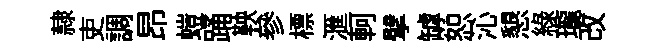
隷吏調昂螘踊鞅參標滙軻擘罅恕沁懇緑瓏改